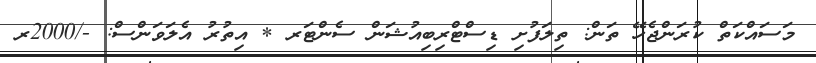
މަސައްކަތް ކުރަންޖެހޭ ތަން: ތިލަފުށި ޑިސްޓްރިބިއުޝަން ސެންޓަރ * އިތުރު އެލަވަންސް: -/2000ރ